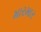
મારમાર